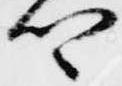
卿